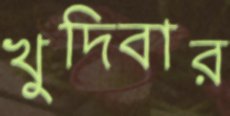
খুদিবার